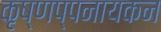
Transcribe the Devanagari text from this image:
कृष्णप्पनायकन